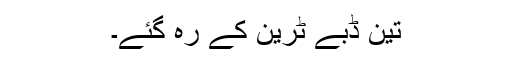
تین ڈبے ٹرین کے رہ گئے۔